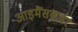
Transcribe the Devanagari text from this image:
आइमैंसबर्जर